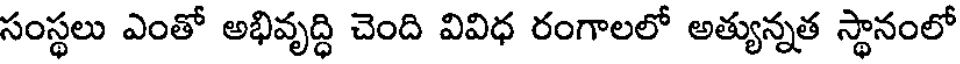
సంస్థలు ఎంతో అభివృద్ధి చెంది వివిధ రంగాలలో అత్యున్నత స్థానంలో